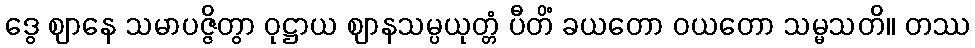
ဒွေ ဈာနေ သမာပဇ္ဇိတွာ ဝုဋ္ဌာယ ဈာနသမ္ပယုတ္တံ ပီတိံ ခယတော ဝယတော သမ္မသတိ။ တဿ